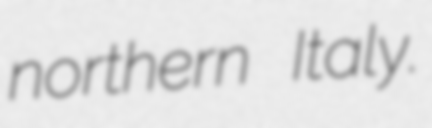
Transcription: northern Italy.